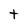
Character: t